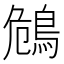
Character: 𪀗